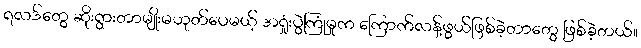
ရလဒ်တွေ ဆိုးရွားတာမျိုးမဟုတ်ပေမယ့် အရှုံးပွဲကြုံမှုက ကြောက်လန့်ဖွယ်ဖြစ်ခဲ့တာတွေ ဖြစ်ခဲ့တယ်။